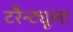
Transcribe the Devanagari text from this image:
टरैन्ट्यूला